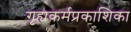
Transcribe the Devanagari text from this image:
गृह्यकर्मप्रकाशिका